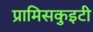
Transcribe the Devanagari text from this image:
प्रामिसकुइटी